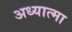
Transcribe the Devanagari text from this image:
अध्यात्मा